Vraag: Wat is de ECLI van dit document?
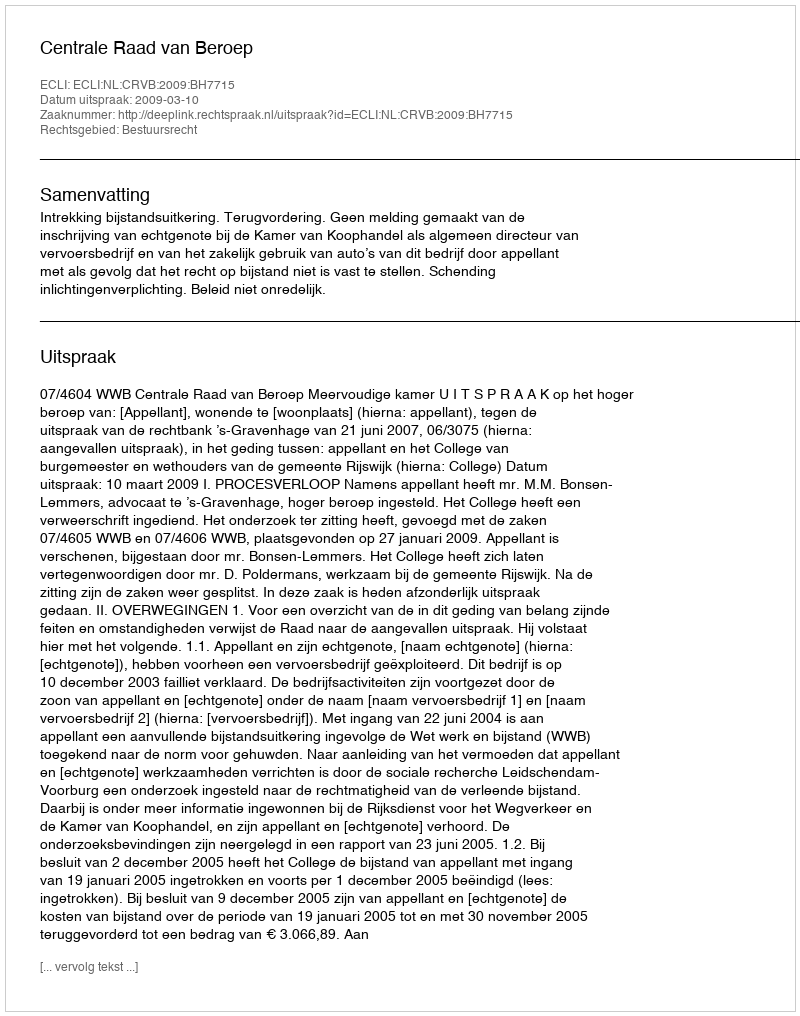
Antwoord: ECLI:NL:CRVB:2009:BH7715